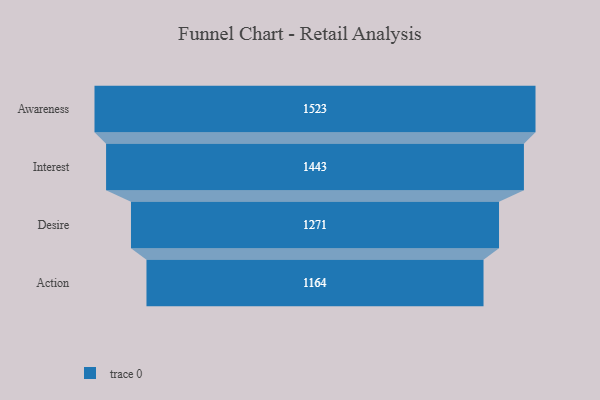
{"axis": {"x": "Stage", "y": "Value"}, "legend": [""], "data": [{"x": "Awareness", "y": 1523.0, "type": ""}, {"x": "Interest", "y": 1443.0, "type": ""}, {"x": "Desire", "y": 1271.0, "type": ""}, {"x": "Action", "y": 1164.0, "type": ""}]}